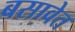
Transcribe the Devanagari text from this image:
बसावेत